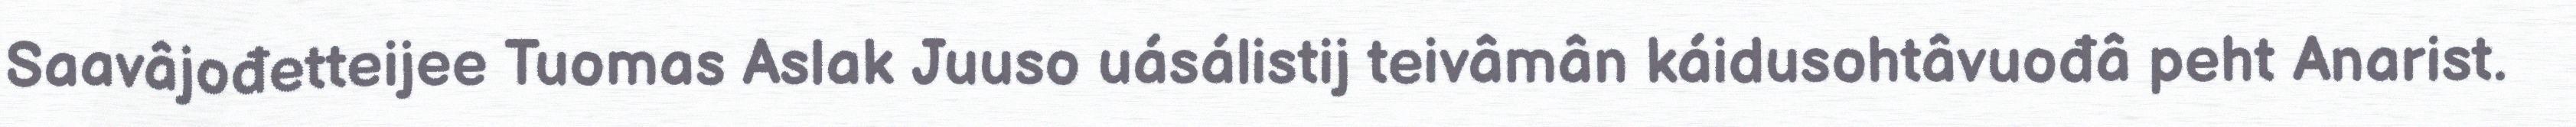
Saavâjođetteijee Tuomas Aslak Juuso uásálistij teivâmân káidusohtâvuođâ peht Anarist.